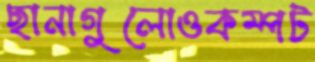
ছানাগুলোওকম্পট